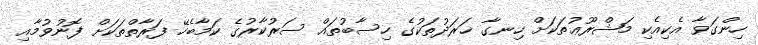
ހިންގަވާ އެކިއެކި މަޝްރޫޢުތަކަށް ހިނގާ ޚަރަދުތަކުގެ ހިސާބުތައް ސަރުކާރުގެ ކަމާބެހޭ ފަރާތްތަކަށް ފޮނުވުމާއި